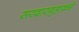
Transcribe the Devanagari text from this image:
सरदारगृहाकडे